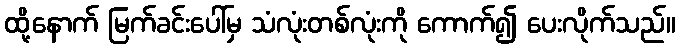
ထို့နောက် မြက်ခင်းပေါ်မှ သံလုံးတစ်လုံးကို ကောက်၍ ပေးလိုက်သည်။